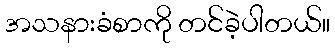
အသနားခံစာကို တင်ခဲ့ပါတယ်။